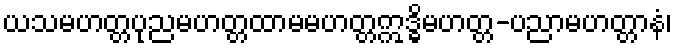
ယသမဟတ္တပုညမဟတ္တထာမမဟတ္တဣဒ္ဓိမဟတ္တ-ပညာမဟတ္တာနံ၊